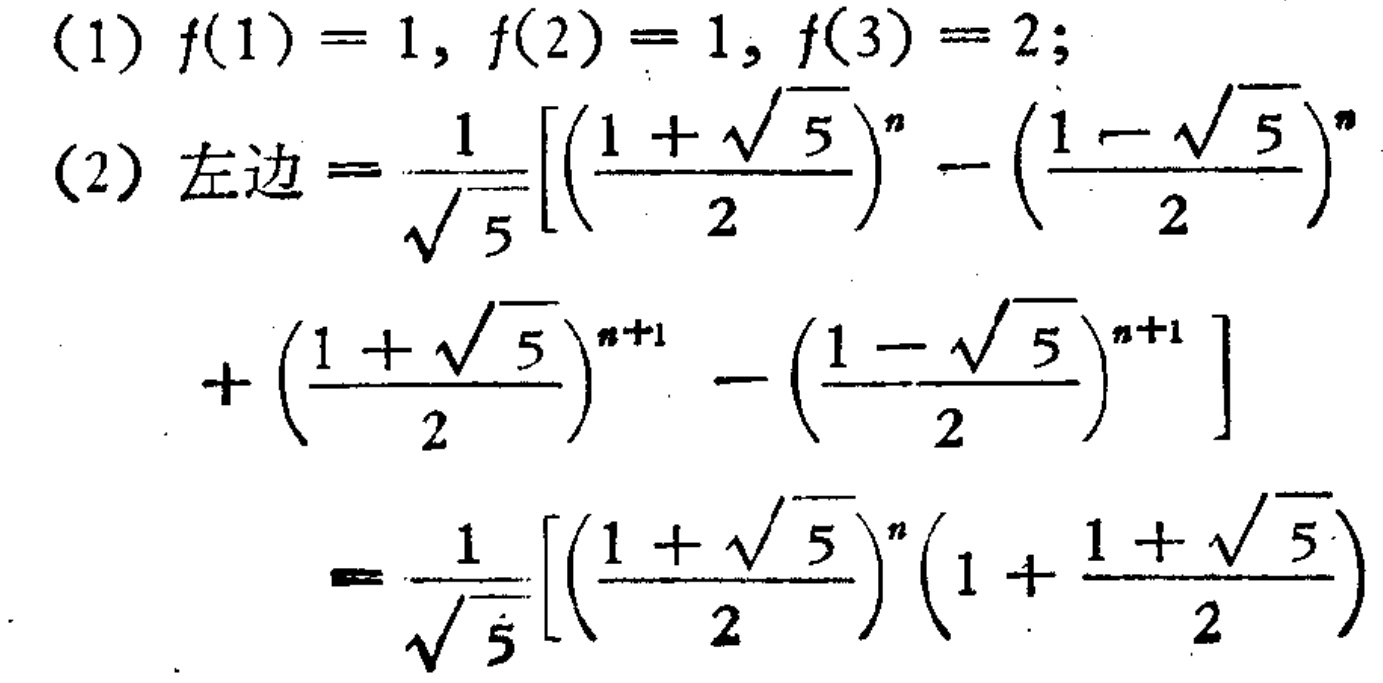
(1) \(f(1)=1,f(2)=1,f(3)=2;\)
(2) 左边\(=\frac{1}{\sqrt{5}}\left[\left(\frac{1 + \sqrt{5}}{2}\right)^n-\left(\frac{1-\sqrt{5}}{2}\right)^n\right.\)
\(+\left(\frac{1 + \sqrt{5}}{2}\right)^{n + 1}-\left(\frac{1-\sqrt{5}}{2}\right)^{n + 1}\right]\)
\(=\frac{1}{\sqrt{5}}\left[\left(\frac{1 + \sqrt{5}}{2}\right)^n\left(1+\frac{1 + \sqrt{5}}{2}\right)\right.\)